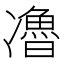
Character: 𰄏